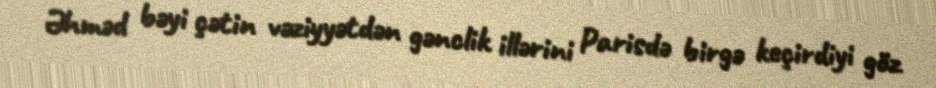
Əhməd bəyi çətin vəziyyətdən gənclik illərini Parisdə birgə keçirdiyi göz